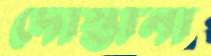
দোস্তানা